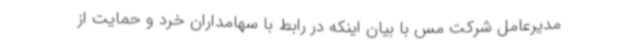
مدیرعامل شرکت مس با بیان اینکه در رابط با سهامداران خرد و حمایت از